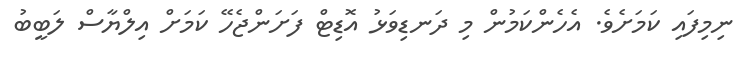
ނިމިފައި ކަމަށެވެ. އެހެންކަމުން މި ދަނޑިވަޅު އޮޑިޓް ފަށަންޖެހޭ ކަމަށް އިލްޔާސް ލަބީބު